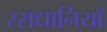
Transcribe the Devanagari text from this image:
रसधानियाँ